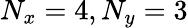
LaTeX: N_{x}=4,N_{y}=3